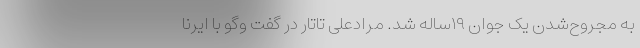
به مجروح‌شدن یک جوان ۱۹ساله شد. مرادعلی تاتار در گفت وگو با ایرنا